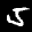
Label: 5